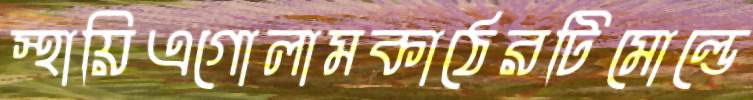
স্থায়িএগোলামকাঠেরটিমোল্ডে